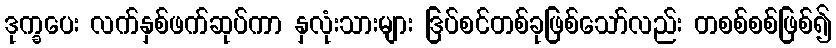
ဒုက္ခပေး လက်နှစ်ဖက်ဆုပ်ကာ နှလုံးသားများ ဒြပ်စင်တစ်ခုဖြစ်သော်လည်း တစစ်စစ်ဖြစ်၍